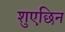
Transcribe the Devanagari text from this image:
शुएछिन